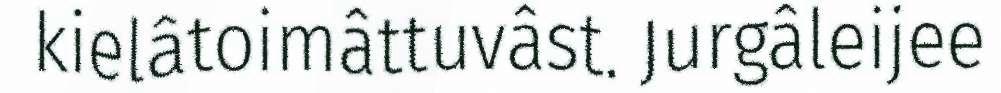
kielâtoimâttuvâst. Jurgâleijee